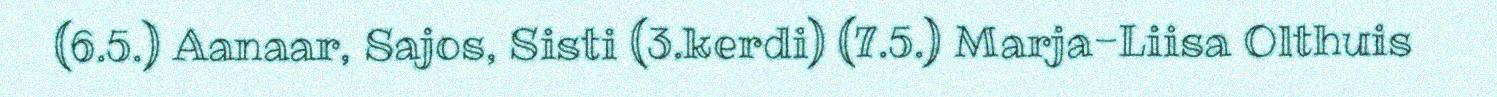
(6.5.) Aanaar, Sajos, Sisti (3.kerdi) (7.5.) Marja-Liisa Olthuis